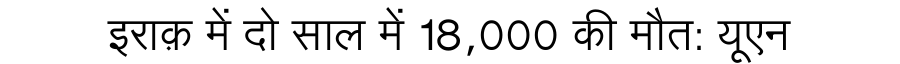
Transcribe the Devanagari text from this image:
इराक़ में दो साल में 18,000 की मौत: यूएन